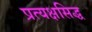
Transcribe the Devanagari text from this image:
प्रत्यक्षसिद्ध